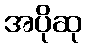
အပိုဆု